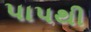
પાપથી